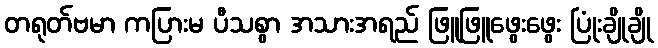
တရုတ်ဗမာ ကပြားမ ပီသစွာ အသားအရည် ဖြူဖြူဖွေးဖွေး ပြုံးချိုချို